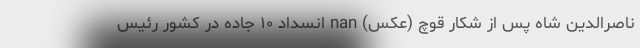
ناصرالدین شاه پس از شکار قوچ (عکس) nan انسداد ۱۰ جاده در کشور رئیس